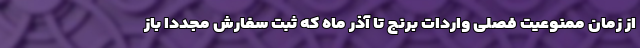
از زمان ممنوعیت فصلی واردات برنج تا آذر ماه که ثبت سفارش مجددا باز